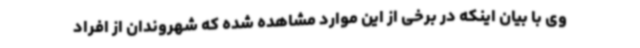
وی با بیان اینکه در برخی از این موارد مشاهده شده که شهروندان از افراد